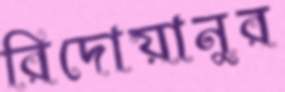
রিদোয়ানুর